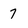
Character: 7